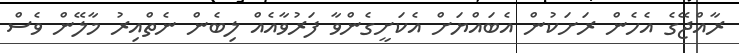
ރާއްޖޭގެ އެހެން ރަށަކުން އެބައްޔަށް އެކަށީގެންވާ ފަރުވާއެއް ލިބެން ނެތްއިރު މާލޭން ވެސް